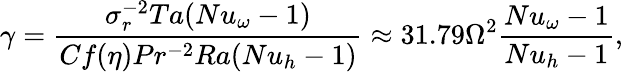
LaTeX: \gamma=\frac{\sigma_{r}^{-2}Ta(Nu_{\omega}-1)}{Cf(\eta)Pr^{-2}Ra(Nu_{h}-1)}\approx 31.79\Omega^{2}\frac{Nu_{\omega}-1}{Nu_{h}-1},